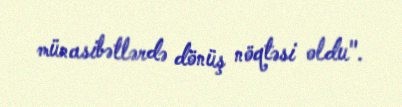
münasibətlərdə dönüş nöqtəsi oldu".